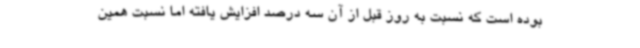
بوده است که نسبت به روز قبل از آن سه درصد افزایش یافته اما نسبت همین